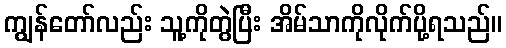
ကျွန်တော်လည်း သူ့ကိုတွဲပြီး အိမ်သာကိုလိုက်ပို့ရသည်။